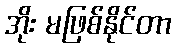
အိုး မဖြစ်နိုင်တာ